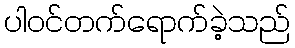
ပါဝင်တက်ရောက်ခဲ့သည်